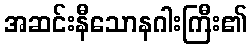
အဆင်းနီသောနဂါးကြီး၏